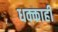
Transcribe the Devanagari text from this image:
धक्काही